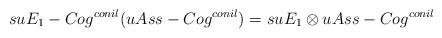
LaTeX: \begin{align*}suE_1-Cog^{conil}(uAss-Cog^{conil})= suE_1\otimes uAss-Cog^{conil}\end{align*}